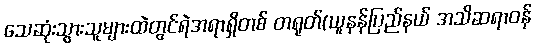
သေဆုံးသွားသူများထဲတွင်ရဲအရာရှိတစ် တရုတ်(ယူနန်ပြည်နယ် အသိဆရာဝန်